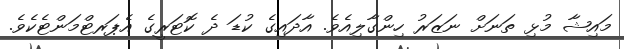
މައިޝާ މުޅި ތަނަށް ނަޒަރު ހިންގާލިއެވެ. އާދައިގެ ކުޑަ ދެ ކޮޓަރީގެ އެޕަރޓްމަންޓެކެވެ.